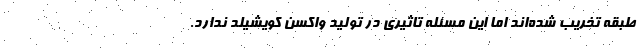
طبقه تخریب شده‌اند اما این مسئله تاثیری در تولید واکسن کویشیلد ندارد.